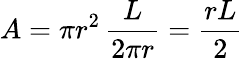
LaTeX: A=\pi r^{2}\, {\frac{L}{2\pi r}}={\frac{rL}{2}}